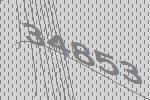
34853